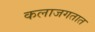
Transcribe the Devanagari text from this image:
कलाजगतात